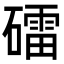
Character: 礌